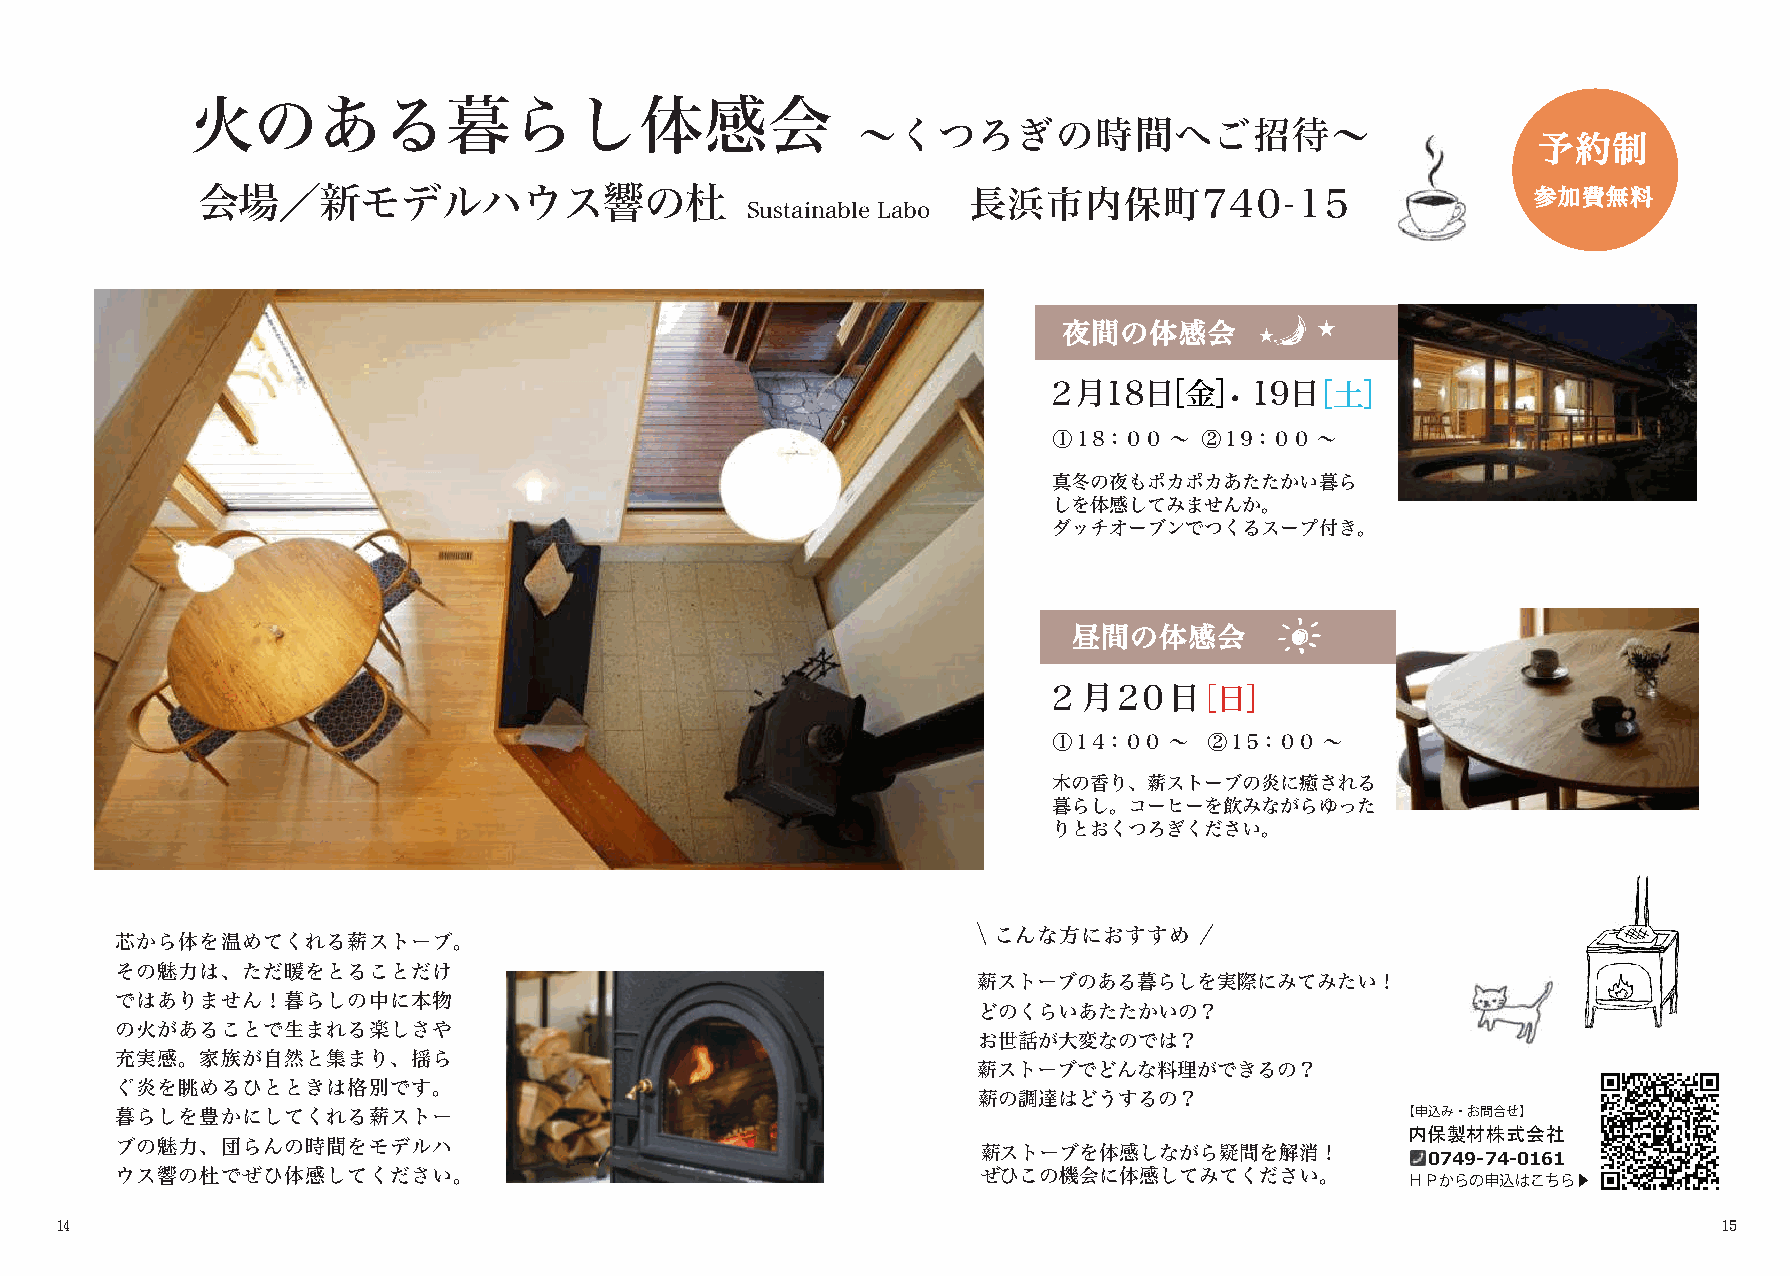
火のある暮らし体感会
 ～くつろぎの時間へご招待～
 予約制
 会場／新モデルハウス響の杜                                      長浜市内保町740-15                          参加費無料
 Sustainable Labo
 夜間の体感会           ★
 ★
 ２月18日［   金 ］・ 19日［ 土 ］
 ①１8：００ ～  ②１9：００ ～
 真冬の夜もポカポカあたたかい暮ら
 しを体感してみませんか。
 ダッチオーブンでつくるスープ付き。
 昼間の体感会
 ２月20日［日］
 ①１4：００ ～  ②１5：００  ～
 木の香り、薪ストーブの炎に癒される
 暮らし。コーヒーを飲みながらゆった
 りとおくつろぎください。
 こんな方におすすめ
 芯から体を温めてくれる薪ストーブ。
 その魅力は、ただ暖をとることだけ
 薪ストーブのある暮らしを実際にみてみたい！
 ではありません！暮らしの中に本物
 どのくらいあたたかいの？
 の火があることで生まれる楽しさや
 お世話が大変なのでは？
 充実感。家族が自然と集まり、揺ら
 薪ストーブでどんな料理ができるの？
 ぐ炎を眺めるひとときは格別です。
 薪の調達はどうするの？
 暮らしを豊かにしてくれる薪ストー                                                                     【申込み・お問合せ】
 内保製材株式会社
 ブの魅力、団らんの時間をモデルハ
 薪ストーブを体感しながら疑問を解消！            0749-74-0161
 ウス響の杜でぜひ体感してください。                                        ぜひこの機会に体感してみてください。          ＨＰからの申込はこちら▶
 １4                                                                                                            １５